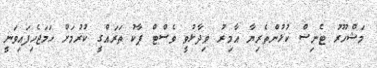
މަޝްހޫރު ޓެނިސް ކުޅުންތެރިޔާ އާމިރު ވިދާޅުވީ ވެސްޓް ޕާކު ތަރައްގީ ކުރުމަށް ހަމަޖެހިފައިވަނީ